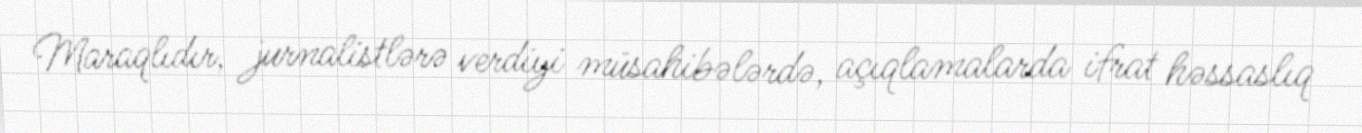
Maraqlıdır, jurnalistlərə verdiyi müsahibələrdə, açıqlamalarda ifrat həssaslıq